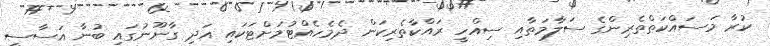
ކުރާ މަސައްކަތްތެރިންގެ ސަލާމަތާއި ސިއްހީ ރައްކާތެރިކަން ދެމެހެއްޓުމަށްޓަކައި އަދި ގާނޫނުގައި ބުނާ އަސާސީ